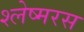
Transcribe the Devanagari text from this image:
श्लेष्मरस